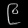
Digit: ၉